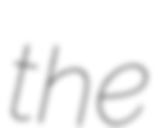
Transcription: the